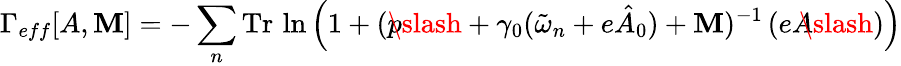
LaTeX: \Gamma_{eff}[A,\mathbf{M}]=-\sum_{n}\mathrm{{Tr}}\, \ln\left(1+(p\! \! \! \slash+\gamma_{0}(\tilde{{\omega}}_{n}+e\hat{{A}}_{0})+\mathbf{M})^{-1}\, (eA\! \! \! \slash)\right)